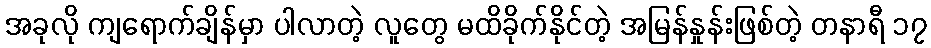
အခုလို ကျရောက်ချိန်မှာ ပါလာတဲ့ လူတွေ မထိခိုက်နိုင်တဲ့ အမြန်နှုန်းဖြစ်တဲ့ တနာရီ ၁၇